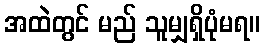
အထဲတွင် မည် သူမျှရှိပုံမရ။